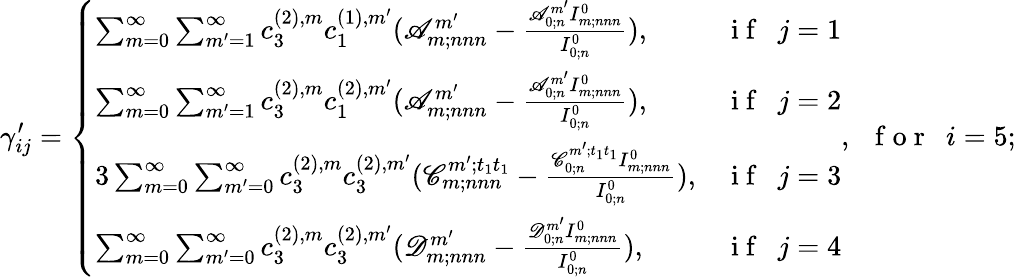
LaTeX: \gamma_{ij}^{\prime}=\left\{ \begin{array}{ll}{\sum_{m=0}^{\infty}\sum_{m^{\prime}=1}^{\infty}c_{3}^{(2),m}c_{1}^{(1),m^{\prime}}(\mathscr{A}_{m;nnn}^{m^{\prime}}-\frac{\mathscr{A}_{0;n}^{m^{\prime}}I_{m;nnn}^{0}}{I_{0;n}^{0}}),}&{\mathrm{~i~f~~~}j=1}\\ {\sum_{m=0}^{\infty}\sum_{m^{\prime}=1}^{\infty}c_{3}^{(2),m}c_{1}^{(2),m^{\prime}}(\mathscr{A}_{m;nnn}^{m^{\prime}}-\frac{\mathscr{A}_{0;n}^{m^{\prime}}I_{m;nnn}^{0}}{I_{0;n}^{0}}),}&{\mathrm{~i~f~~~}j=2}\\ {3\sum_{m=0}^{\infty}\sum_{m^{\prime}=0}^{\infty}c_{3}^{(2),m}c_{3}^{(2),m^{\prime}}(\mathscr{C}_{m;nnn}^{m^{\prime};t_{1}t_{1}}-\frac{\mathscr{C}_{0;n}^{m^{\prime};t_{1}t_{1}}I_{m;nnn}^{0}}{I_{0;n}^{0}}),}&{\mathrm{~i~f~~~}j=3}\\ {\sum_{m=0}^{\infty}\sum_{m^{\prime}=0}^{\infty}c_{3}^{(2),m}c_{3}^{(2),m^{\prime}}(\mathscr{D}_{m;nnn}^{m^{\prime}}-\frac{\mathscr{D}_{0;n}^{m^{\prime}}I_{m;nnn}^{0}}{I_{0;n}^{0}}),}&{\mathrm{~i~f~~~}j=4}\end{array}\right.,\mathrm{~~~f~o~r~~~}i=5;